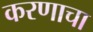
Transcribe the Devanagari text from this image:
करणाचा